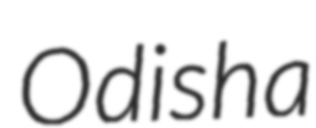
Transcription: Odisha